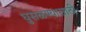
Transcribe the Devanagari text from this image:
घुसळण्यासाठी